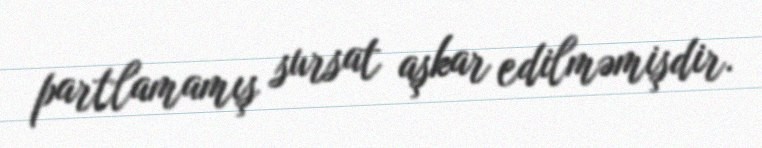
partlamamış sursat aşkar edilməmişdir.